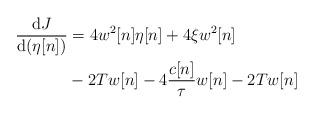
LaTeX: \begin{align*}\frac{\mathrm{d}J}{\mathrm{d}(\eta[n])} &= 4w^2[n]\eta[n] + 4\xi w^2[n] \\ &- 2Tw[n] - 4\frac{c[n]}{\tau}w[n] - 2Tw[n]\end{align*}